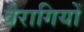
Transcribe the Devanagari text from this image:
वैरागियों